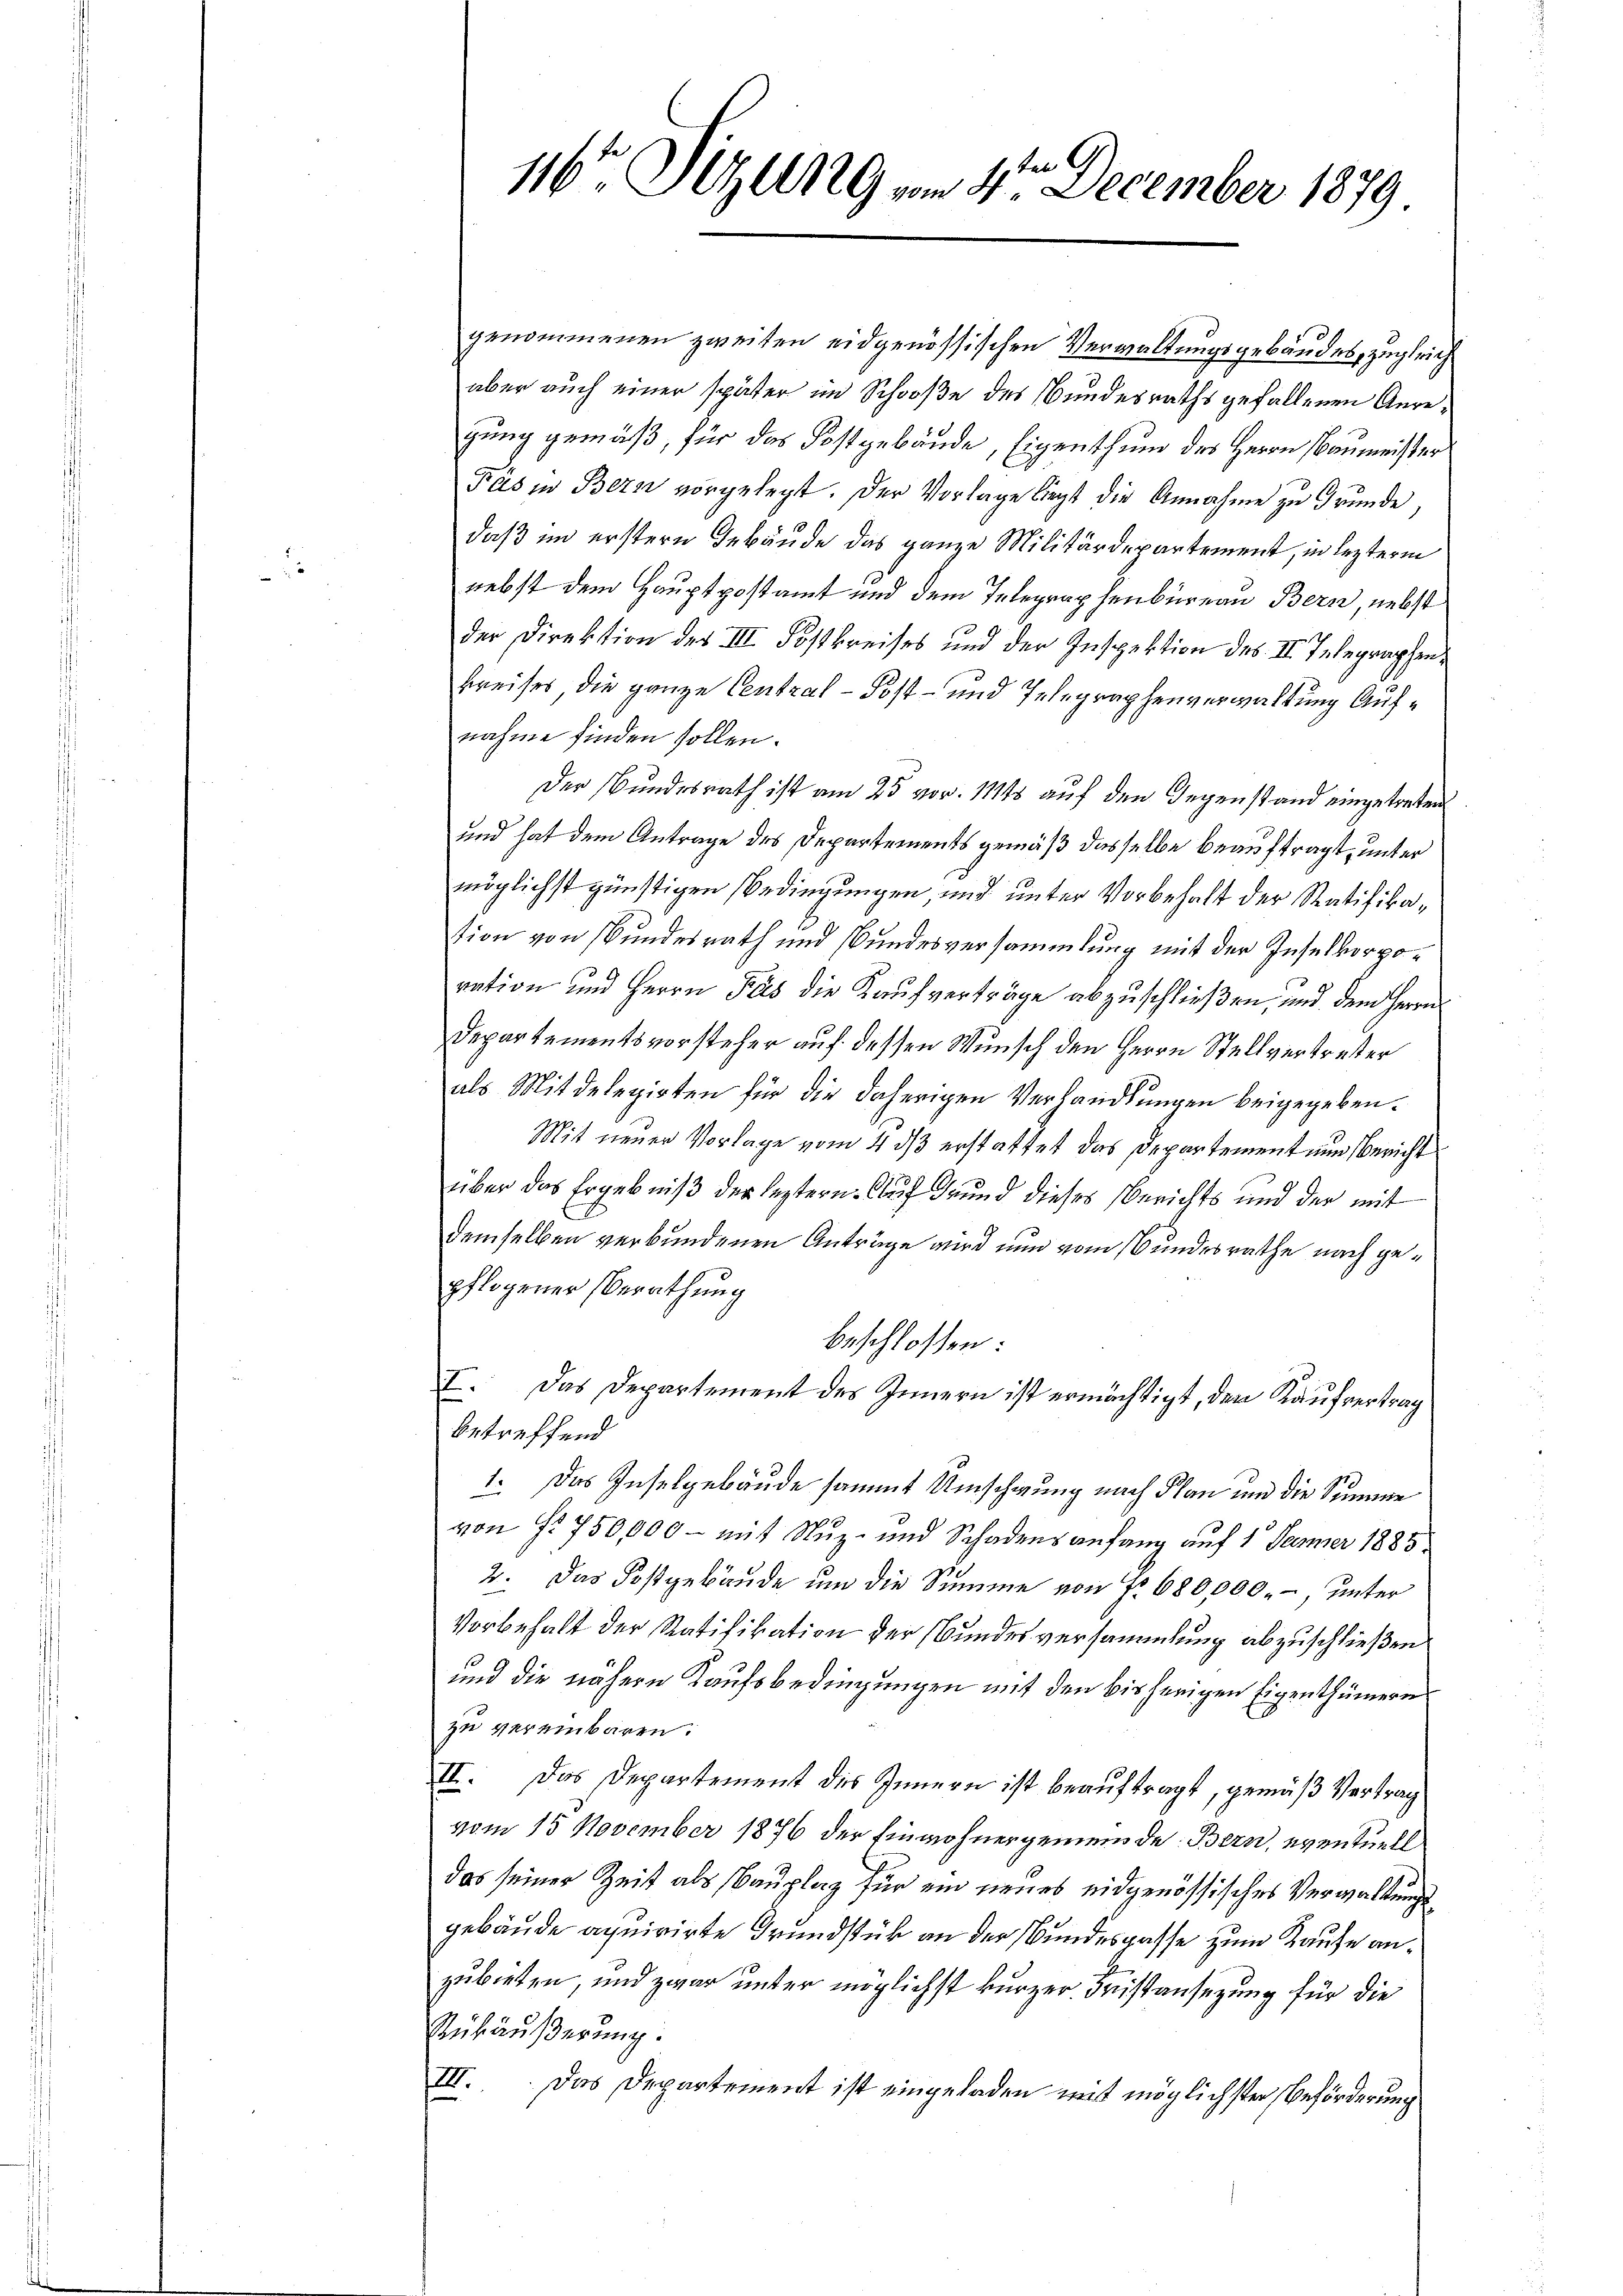
116ten Sitzung vom 4ten December 1879

genommenen zweiten eidgenössischen Verwaltungsgebäudes, zugleich
aber auch einer später im Schooße des Bundesraths gefallenen Anregung gemäß, für das Kostgebäude, Eigenthum des Herrn Baumeister
Fas in Bern vorgelegt. Der Vorlage liegt die Annahme zu Grunde,
daß im erstern Gebäude das ganze Militärdepartement, in lezterm
nebst dem Hauptpostamt und dem Telegraphenbüreau Bern, nebst
der Direktion des III. Föstkreises und der Inspektion des II. Telegraphenkreises die ganze Central - Post- und Telegraphenverwaltung Aufnahme finden sollen.
Der Bundesrath ist am 25 vor. 1145 auf den Gegenstand eingetreten
und hat dem Antrage des Departements gemäß dasselbe beauftragt, unter
möglichst günstigen Bedingungen, und unter Vorbehalt der Ratifikation von Bundesrath und Bundesversammlung mit der Inselkorporation und Herrn Pas die Kaufverträge abzuschließen, und dem Herrn
Departementsvorsteher auf dessen Wunsch den Herrn Stellvertreter
als Mitdelegirten für die daherigen Verhandlungen beigegeben.
Mit neuer Vorlage vom 4 dß erstattet das Departement nun Bericht
über das Ergebniß der leztern. Auf Grund dieses Berichts und der mit
demselben verbundenen Anträge wird nun vom Bundesrathe nach gepflogener Berathung
beschlossen:
I. Das Departement des Innern ist ermächtigt, der Kaufvertrag
betreffend
1. Das Inselgebäude sammt Umschwung nach Plan und die Summe
von § 750,000 - mit Nuz- und Schadensanfang auf 1 Jammer 1885
2. Das Postgebäude um die Summe von Fr. 680,000.-, unter
Vorbehalt der Ratifikation der Bundesversammlung abzuschließen
und die nähern Kaufsbedingungen mit den bisherigen Eigenthümern
zu vereinbaren.
II. Das Departement des Innern ist beauftragt, gemäß Vertrag
vom 15. November 1876 der Einwohnergemeinde Bern, eventuell
das seiner Zeit als Bauplaz für ein neues eidgenössisches Verwaltungsgebäude aquirirte Grundstück an der Bundesgasse zum Kaufe anzubieten, und zwar unter möglichst kurzer Fristansezung für die
Rükäußerung.
III. Das Departement ist eingeladen mit möglichster Beförderung